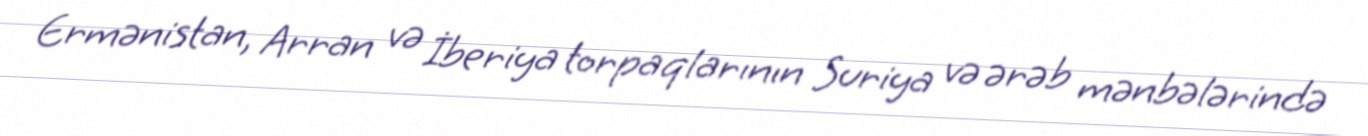
Ermənistan, Arran və İberiya torpaqlarının Suriya və ərəb mənbələrində